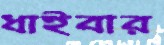
ধাইবার